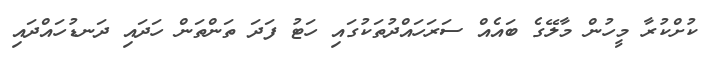
ކުށްކުރާ މީހުން މާލޭގެ ބައެއް ސަރަހައްދުތަކުގައި ހަޓު ފަދަ ތަންތަން ހަދައި ދަނޑުހައްދައި